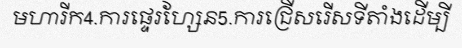
មហារីក4.ការផ្ទេរហ្សែន5.ការជ្រើសរើសទីតាំងដើម្បី